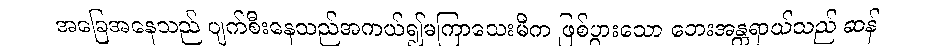
အခြေအနေသည် ပျက်စီးနေသည်အကယ်၍မကြာသေးမီက ဖြစ်ပွားသော ဘေးအန္တရာယ်သည် ဆန်